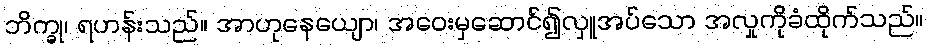
ဘိက္ခု၊ ရဟန်းသည်။ အာဟုနေယျော၊ အဝေးမှဆောင်၍လှူအပ်သော အလှုကိုခံထိုက်သည်။